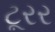
ટૂરર